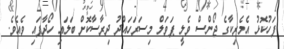
ފަހުކޮޅު އެމެރިކާގެ ޖޯންސް ވެލީ ޕަވަލް މިސަރަހައްދު ދިރާސާކޮށް ބަލައި ހޯދާފައި ވެއެވެ.